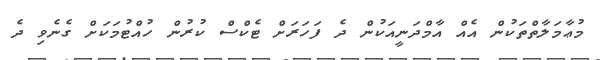
މުޢާމަލާތްތަކުން އެއް އާމްދަނީއަކުން ދެ ފަހަރަށް ޓެކްސް ކުރުން ހުއްޓުމަކަށް ގެނެވި ދެ